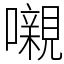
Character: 嚫